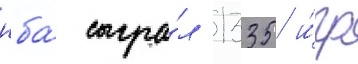
нба́ сыгра́л 1335 и́гр